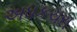
અધકચરા